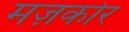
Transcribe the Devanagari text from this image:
मज़कोर